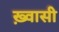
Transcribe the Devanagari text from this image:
ख़्वासी